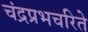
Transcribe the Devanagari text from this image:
चंद्रप्रभचरिते